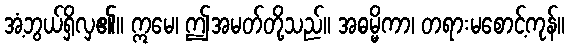
အံ့ဘွယ်ရှိလှ၏။ ဣမေ၊ ဤအမတ်တို့သည်။ အဓမ္မိကာ၊ တရားမစောင့်ကုန်။